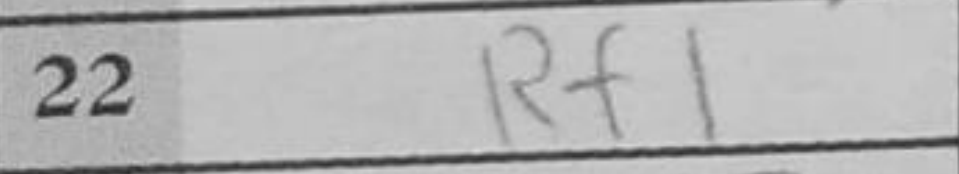
Transcription: Rf1